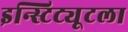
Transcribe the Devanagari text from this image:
इन्स्टिट्यूटला